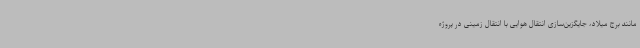
مانند برج میلاد، جایگزین‌سازی انتقال هوایی با انتقال زمینی در پروژه